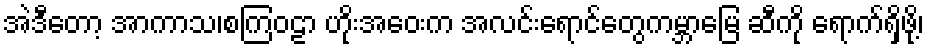
အဲဒီတော့ အာကာသ၊စကြဝဠာ ဟိုးအဝေးက အလင်းရောင်တွေကမ္ဘာမြေ ဆီကို ရောက်ရှိဖို့၊